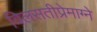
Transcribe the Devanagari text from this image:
विलसतीप्रेमाग्ने